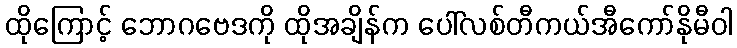
ထိုကြောင့် ဘောဂဗေဒကို ထိုအချိန်က ပေါ်လစ်တီကယ်အီကော်နိုမီဝါ